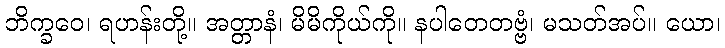
ဘိက္ခဝေ၊ ရဟန်းတို့။ အတ္တာနံ၊ မိမိကိုယ်ကို။ နပါတေတဗ္ဗံ၊ မသတ်အပ်။ ယော၊